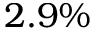
2 . 9 \%